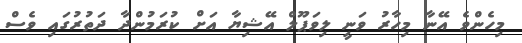
މިހެންވެ އޭނާ މިހާރު ވަނީ ލިވަޕޫލް އޭޝިޔާ އަށް ކުރަމުންދާ ދަތުރުގައި ވެސް